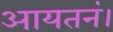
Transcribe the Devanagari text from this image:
आयतनं।